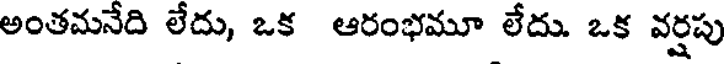
అంతమనేది లేదు, ఒక ఆరంభమూ లేదు. ఒక వర్షపు